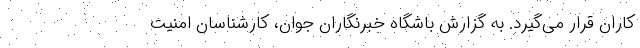
کاران قرار می‌گیرد. به گزارش باشگاه خبرنگاران جوان، کارشناسان امنیت